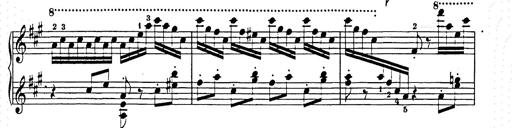
Title: Hungarian Rhapsody No.15
Composer: Franz Liszt
Key: A minor